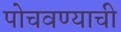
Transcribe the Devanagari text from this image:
पोचवण्‍याची